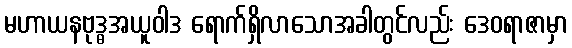
မဟာယနဗုဒ္ဓအယူဝါဒ ရောက်ရှိလာသောအခါတွင်လည်း ဒေဝရာဇာမှာ